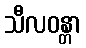
သီလဝန္တာ